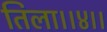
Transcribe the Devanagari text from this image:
तिला।।४।।